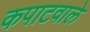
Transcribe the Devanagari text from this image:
कपाटवाले